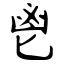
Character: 鬯